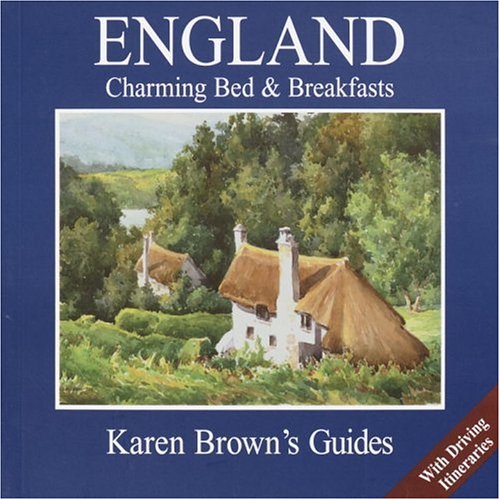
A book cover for Karen Brown's England: Charming Bed & Breakfasts 2005; Karen Brown; Travel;